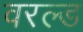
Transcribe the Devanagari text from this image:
वरल्ड